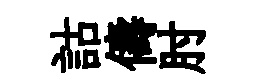
詁儔肘